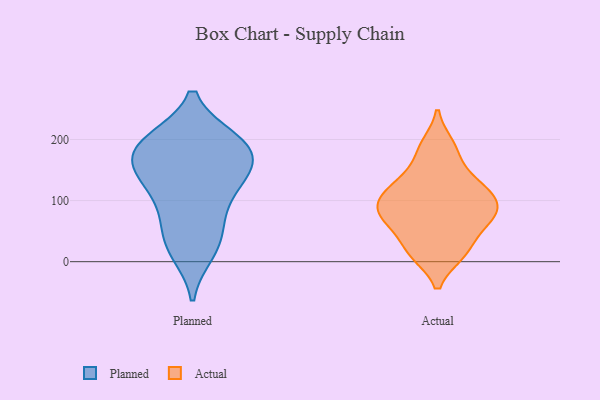
{"axis": {"x": "Revenue (USD Million)", "y": "Value"}, "legend": ["Actual", "Planned"], "data": [{"x": "", "y": 127, "type": "Planned"}, {"x": "", "y": 78, "type": "Planned"}, {"x": "", "y": 170, "type": "Planned"}, {"x": "", "y": 16, "type": "Planned"}, {"x": "", "y": 172, "type": "Planned"}, {"x": "", "y": 199, "type": "Planned"}, {"x": "", "y": 25, "type": "Planned"}, {"x": "", "y": 150, "type": "Planned"}, {"x": "", "y": 91, "type": "Planned"}, {"x": "", "y": 199, "type": "Planned"}, {"x": "", "y": 135, "type": "Planned"}, {"x": "", "y": 196, "type": "Planned"}, {"x": "", "y": 194, "type": "Planned"}, {"x": "", "y": 42, "type": "Planned"}, {"x": "", "y": 148, "type": "Planned"}, {"x": "", "y": 87, "type": "Actual"}, {"x": "", "y": 63, "type": "Actual"}, {"x": "", "y": 122, "type": "Actual"}, {"x": "", "y": 190, "type": "Actual"}, {"x": "", "y": 110, "type": "Actual"}, {"x": "", "y": 181, "type": "Actual"}, {"x": "", "y": 123, "type": "Actual"}, {"x": "", "y": 74, "type": "Actual"}, {"x": "", "y": 17, "type": "Actual"}, {"x": "", "y": 104, "type": "Actual"}, {"x": "", "y": 15, "type": "Actual"}, {"x": "", "y": 54, "type": "Actual"}, {"x": "", "y": 80, "type": "Actual"}, {"x": "", "y": 14, "type": "Actual"}, {"x": "", "y": 142, "type": "Actual"}, {"x": "", "y": 84, "type": "Actual"}]}